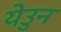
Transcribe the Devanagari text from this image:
येउुन